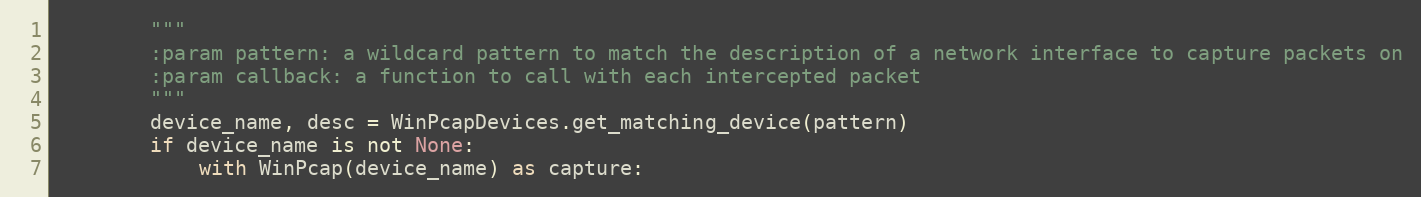
Language: Python
        """
        :param pattern: a wildcard pattern to match the description of a network interface to capture packets on
        :param callback: a function to call with each intercepted packet
        """
        device_name, desc = WinPcapDevices.get_matching_device(pattern)
        if device_name is not None:
            with WinPcap(device_name) as capture: